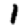
Digit: 1